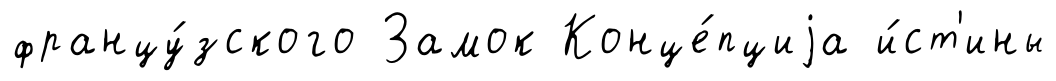
францу́зского Замок Конце́пциjа и́ст'ины